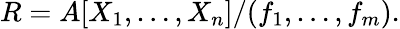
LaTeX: R=A[X_{1},\ldots,X_{n}]/(f_{1},\ldots,f_{m}).